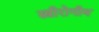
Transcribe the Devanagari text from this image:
स्त्रीरोगीय